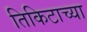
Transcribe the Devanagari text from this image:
तिकिटाच्या